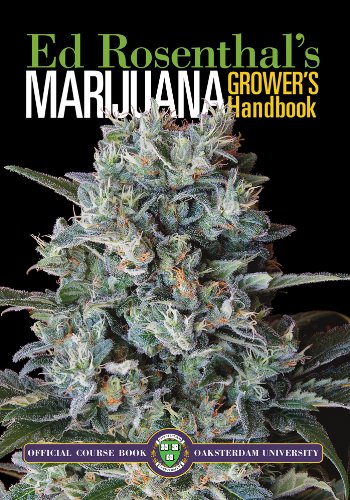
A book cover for Marijuana Grower's Handbook: Your Complete Guide for Medical and Personal Marijuana Cultivation; Ed Rosenthal; Humor & Entertainment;